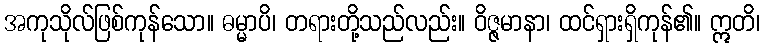
အကုသိုလ်ဖြစ်ကုန်သော။ ဓမ္မာပိ၊ တရားတို့သည်လည်း။ ဝိဇ္ဇမာနာ၊ ထင်ရှားရှိကုန်၏။ ဣတိ၊